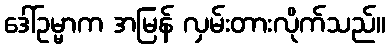
ဒေါ်ဥမ္မာက အမြန် လှမ်းတားလိုက်သည်။